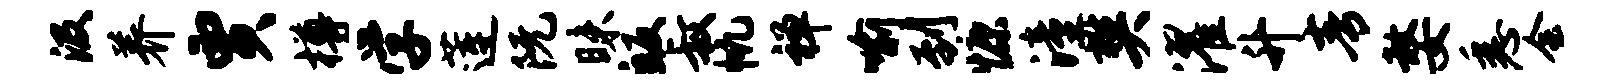
汲养贾樽学莲阮昧皈叔帆禅喻到慷潼樊濯升青嫠悉会